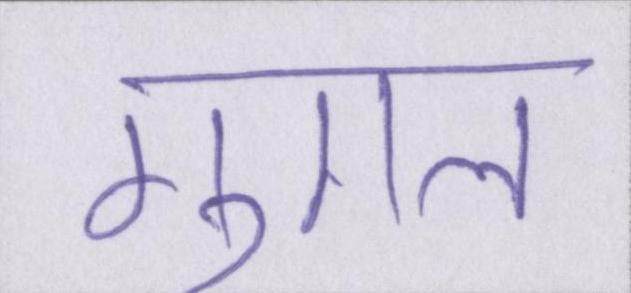
गुगल